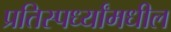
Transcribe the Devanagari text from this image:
प्रतिस्पर्ध्यांमधील